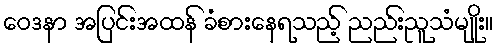
ဝေဒနာ အပြင်းအထန် ခံစားနေရသည့် ညည်းညူသံမျိုး။